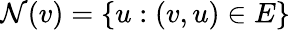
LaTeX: \mathcal{N}(v)=\{ u:(v,u)\in E\}